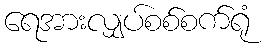
ရေအားလျှပ်စစ်စက်ရုံ